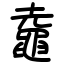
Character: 鼀